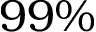
9 9 \%